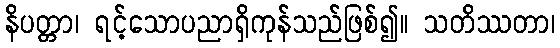
နိပတ္တာ၊ ရင့်သောပညာရှိကုန်သည်ဖြစ်၍။ သတိဿတာ၊